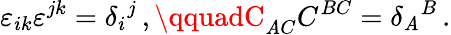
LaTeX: \varepsilon_{ik}\varepsilon^{jk}=\delta_{i}{}^{j}\, ,\qquadC_{\mathit{A}C}C^{BC}=\delta_{\mathit{A}}{}^{B}\, .